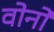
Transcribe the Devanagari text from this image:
वोनो